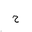
Letter: _ha